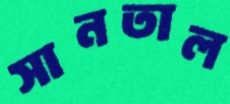
সানতাল